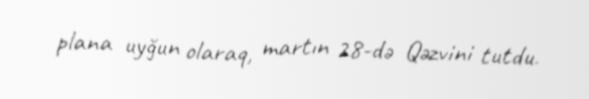
plana uyğun olaraq, martın 28-də Qəzvini tutdu.